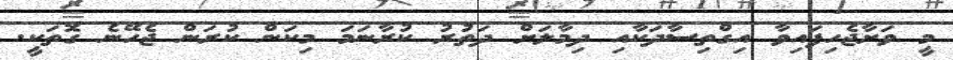
މީ ވަށާޖެހިފައިވާ އިގްތިސާދަކާއި ދިމާލަށް ދަތުރު ކުރާނަމަ މިކަން ކުރަން ޖެހޭނެ ގޮތަކީ.